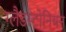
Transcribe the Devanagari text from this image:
ग्लैडस्टोनियन